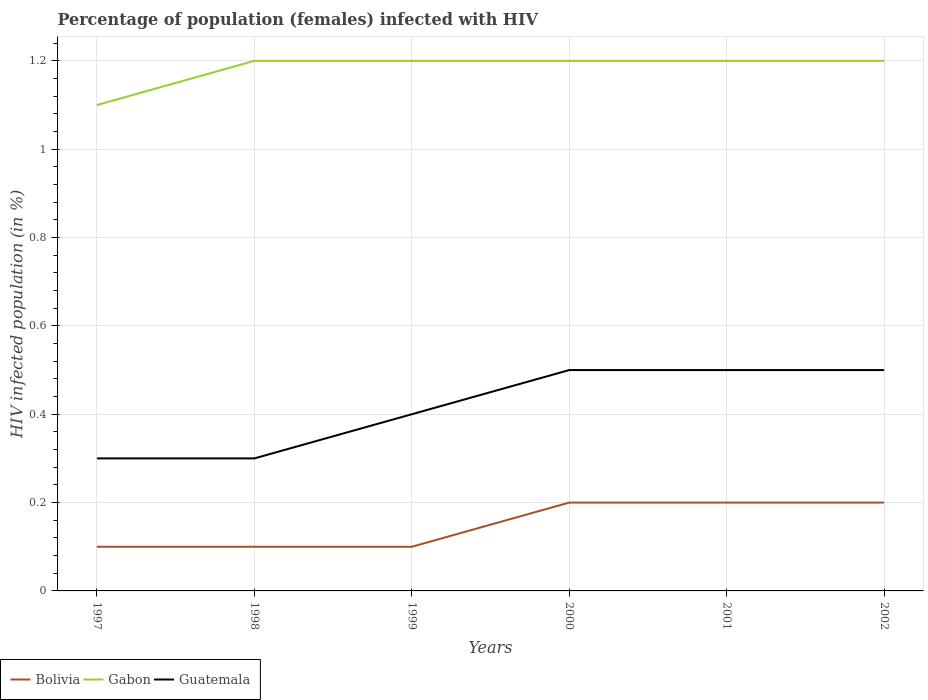
| Years | Bolivia | Gabon | Guatemala |
 | --- | --- | --- | --- |
 | 1997 | 0.1 | 1.1 | 0.3 |
 | 1998 | 0.1 | 1.2 | 0.3 |
 | 1999 | 0.1 | 1.2 | 0.4 |
 | 2000 | 0.2 | 1.2 | 0.5 |
 | 2001 | 0.2 | 1.2 | 0.5 |
 | 2002 | 0.2 | 1.2 | 0.5 |